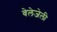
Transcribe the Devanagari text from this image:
वेलेजेली